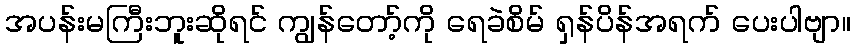
အပန်းမကြီးဘူးဆိုရင် ကျွန်တော့်ကို ရေခဲစိမ် ရှန်ပိန်အရက် ပေးပါဗျာ။